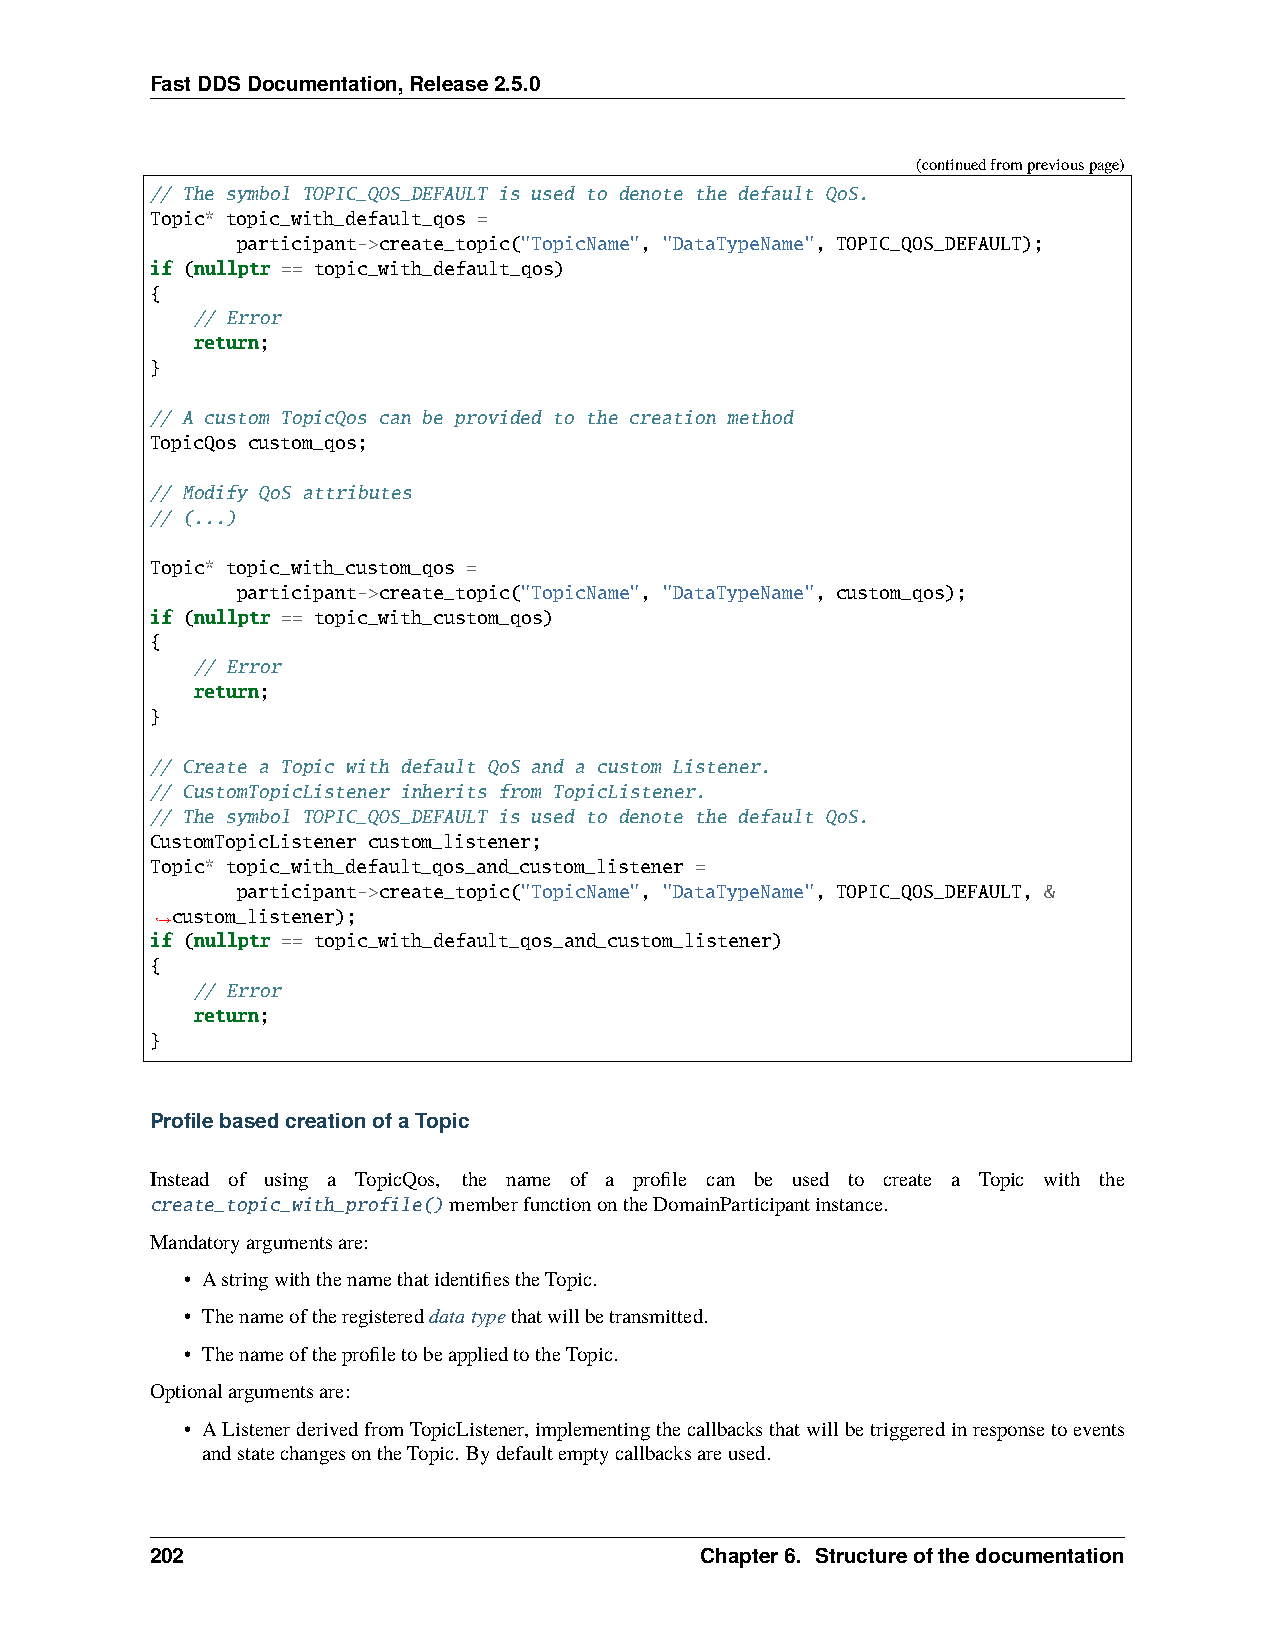
FastDDSDocumentation,Release2.5.0
 (continuedfrompreviouspage)
 // The symbol TOPIC_QOS_DEFAULT is used to denote the default QoS.
 Topic* topic_with_default_qos =
 participant->create_topic("TopicName", "DataTypeName", TOPIC_QOS_DEFAULT);
 if (nullptr == topic_with_default_qos)
 {
 // Error
 return;
 }
 // A custom TopicQos can be provided to the creation method
 TopicQos custom_qos;
 // Modify QoS attributes
 // (...)
 Topic* topic_with_custom_qos =
 participant->create_topic("TopicName", "DataTypeName", custom_qos);
 if (nullptr == topic_with_custom_qos)
 {
 // Error
 return;
 }
 // Create a Topic with default QoS and a custom Listener.
 // CustomTopicListener inherits from TopicListener.
 // The symbol TOPIC_QOS_DEFAULT is used to denote the default QoS.
 CustomTopicListener custom_listener;
 Topic* topic_with_default_qos_and_custom_listener =
 participant->create_topic("TopicName", "DataTypeName", TOPIC_QOS_DEFAULT, &
 custom_listener);
 ˓→
 if (nullptr == topic_with_default_qos_and_custom_listener)
 {
 // Error
 return;
 }
 ProfilebasedcreationofaTopic
 Instead of using a TopicQos, the name of a profile can be used to create a Topic with the
 create_topic_with_profile()memberfunctionontheDomainParticipantinstance.
 Mandatoryargumentsare:
 • AstringwiththenamethatidentifiestheTopic.
 • Thenameoftheregistereddatatypethatwillbetransmitted.
 • ThenameoftheprofiletobeappliedtotheTopic.
 Optionalargumentsare:
 • AListenerderivedfromTopicListener,implementingthecallbacksthatwillbetriggeredinresponsetoevents
 andstatechangesontheTopic. Bydefaultemptycallbacksareused.
 202                                 Chapter6. Structureofthedocumentation